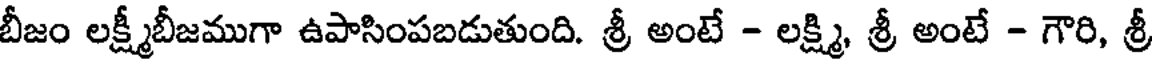
బీజం లక్ష్మీబీజముగా ఉపాసింపబడుతుంది. శ్రీ అంటే - లక్ష్మి, శ్రీ అంటే - గౌరి, శ్రీ